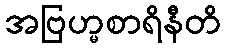
အဗြဟ္မစာရိနီတိ